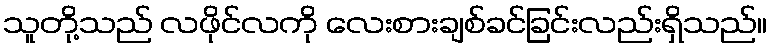
သူတို့သည် လဖိုင်လကို လေးစားချစ်ခင်ခြင်းလည်းရှိသည်။